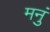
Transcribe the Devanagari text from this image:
मनुं